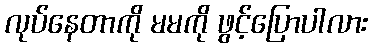
လုပ်နေတာကို မမကို ဖွင့်ပြောပါလား